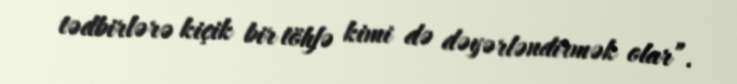
tədbirlərə kiçik bir töhfə kimi də dəyərləndirmək olar”.